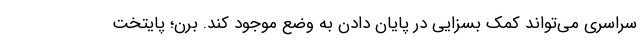
سراسری می‌تواند کمک بسزایی در پایان دادن به وضع موجود کند. برن؛ پایتخت